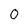
Character: 0